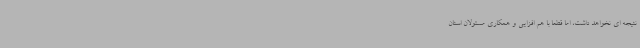
نتیجه ای نخواهد داشت، اما قطعا با هم افزایی و همکاری مسئولان استان